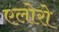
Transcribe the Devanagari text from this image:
एलोरो